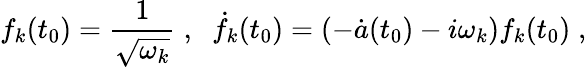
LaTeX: f_{k}(t_{0})=\frac{1}{\sqrt{\omega_{k}}}\; ,\; \; \dot{f}_{k}(t_{0})=\left(-\dot{a}(t_{0})-i\omega_{k}\right)f_{k}(t_{0})\; ,